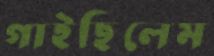
গাইছিলেম